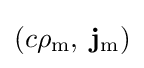
(c\rho _{\mathrm {m} },\;\mathbf {j} _{\mathrm {m} })